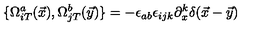
\{ \Omega _ { i T } ^ { a } ( \vec { x } ) , \Omega _ { j T } ^ { b } ( \vec { y } ) \} = - \epsilon _ { a b } \epsilon _ { i j k } \partial _ { x } ^ { k } \delta ( \vec { x } - \vec { y } )